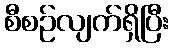
စီစဉ်လျက်ရှိပြီး